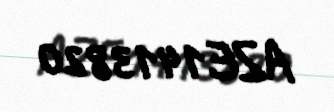
AZE1413820